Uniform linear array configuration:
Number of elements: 16
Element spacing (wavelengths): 1
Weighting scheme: binomial
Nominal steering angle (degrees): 0
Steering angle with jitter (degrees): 0.4911
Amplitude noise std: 0.05
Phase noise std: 0.05

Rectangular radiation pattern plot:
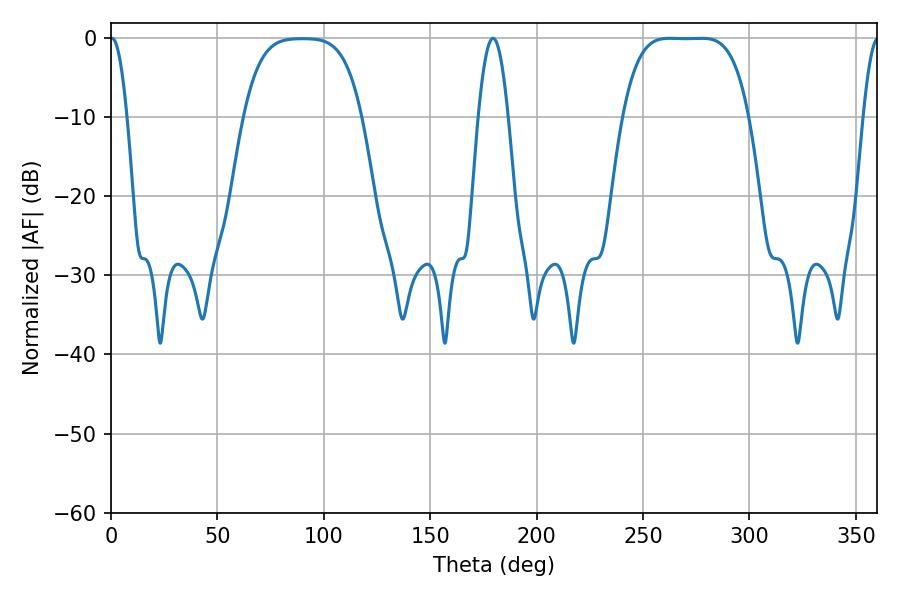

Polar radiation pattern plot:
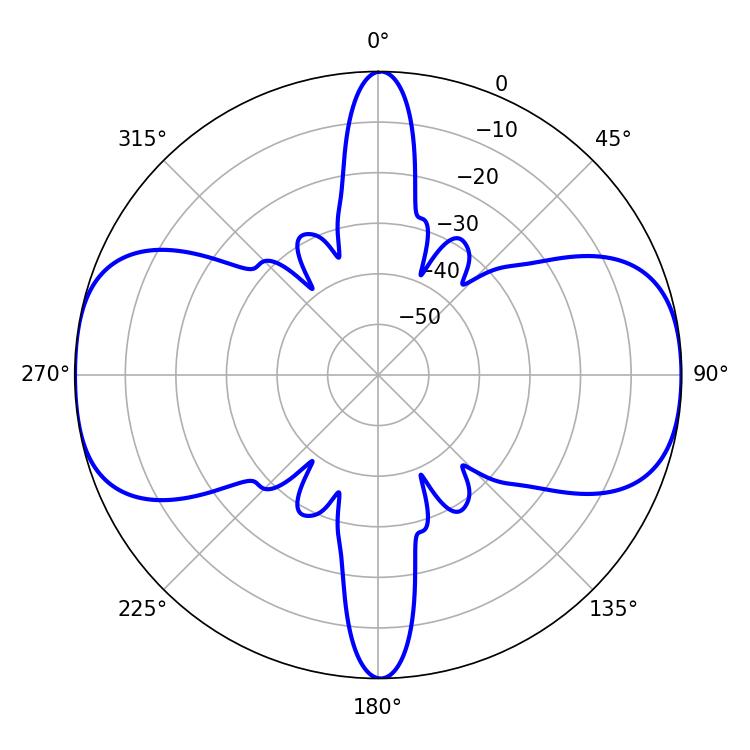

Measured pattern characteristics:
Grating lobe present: TRUE
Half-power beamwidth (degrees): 45
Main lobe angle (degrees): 262.44